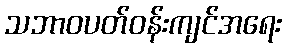
သဘာဝပတ်ဝန်းကျင်အရေး